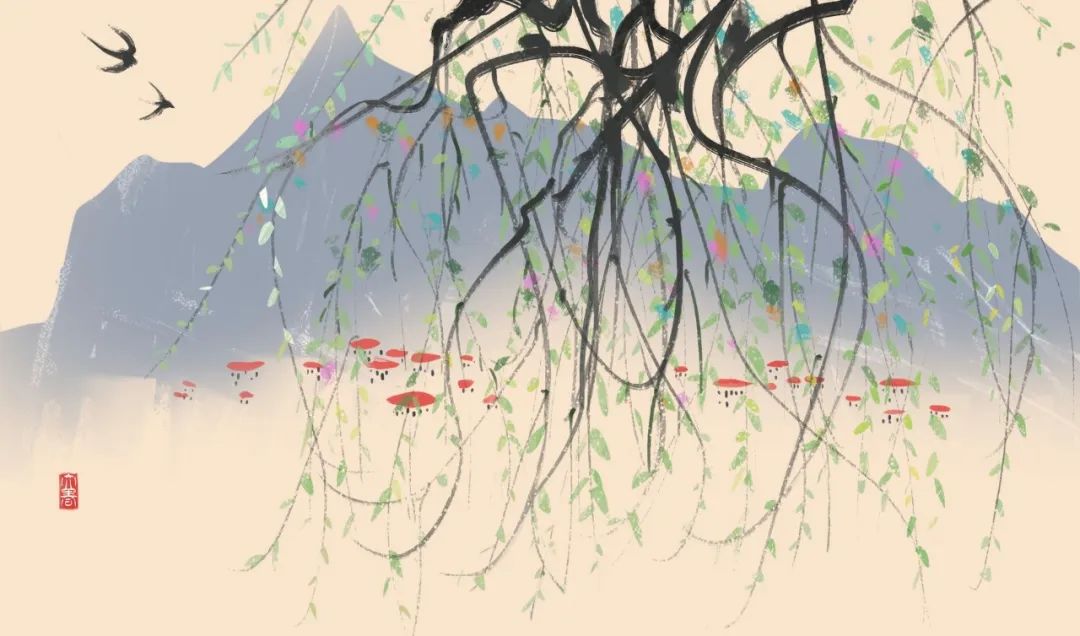
杨柳千条送马蹄，北来征雁旧南飞。